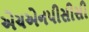
એચએનપીસીસી